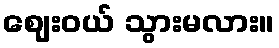
ဈေးဝယ် သွားမလား။